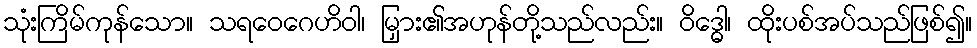
သုံးကြိမ်ကုန်သော။ သရဝေဂေဟိဝါ၊ မြှား၏အဟုန်တို့သည်လည်း။ ဝိဒ္ဓေါ၊ ထိုးပစ်အပ်သည်ဖြစ်၍။